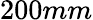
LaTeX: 200mm